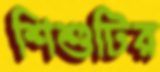
শিশুটির